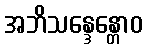
အဘိသန္ဒေန္တောဝ